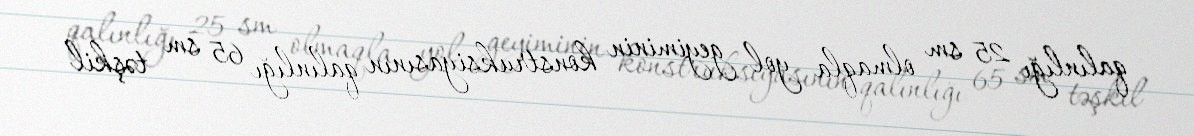
qalınlığı 25 sm olmaqla yol geyiminin konstruksiyasının qalınlığı 65 sm təşkil